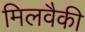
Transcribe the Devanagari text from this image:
मिलवैकी